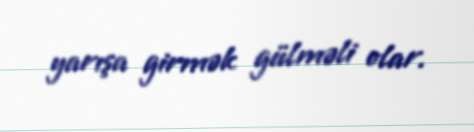
yarışa girmək gülməli olar.